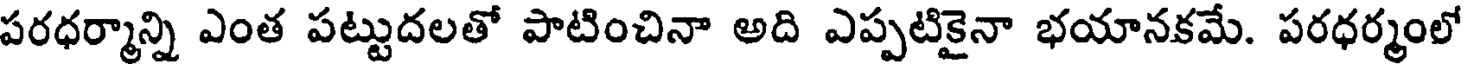
పరధర్మాన్ని ఎంత పట్టుదలతో పాటించినా అది ఎప్పటికైనా భయానకమే. పరధర్మంలో